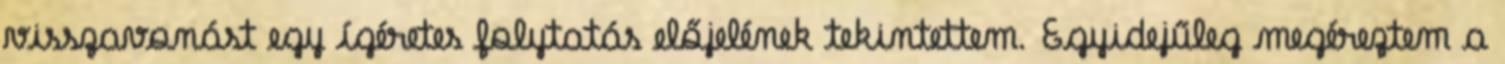
visszavonást egy ígéretes folytatás előjelének tekintettem. Egyidejűleg megéreztem a